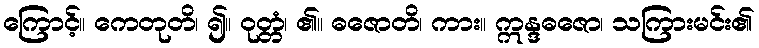
ကြောင့်။ ကေတုတိ၊ ၍။ ဝုတ္တံ၊ ၏။ ဓဇောတိ၊ ကား။ ဣန္ဒဓဇော၊ သကြားမင်း၏